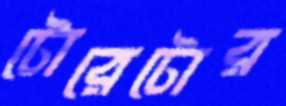
টোরেটোর